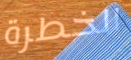
الخطرة